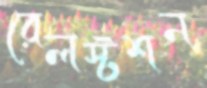
রেলস্টশন